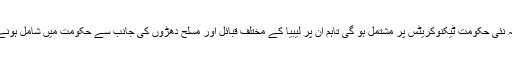
وزیر اعظم نے کہا ہے کہ نئی حکومت ٹیکنوکریٹس پر مشتمل ہو گی تاہم ان پر لیبیا کے مختلف قبائل اور مسلح دھڑوں کی جانب سے حکومت میں شامل ہونے کے لیے سخت دباؤ ہے۔